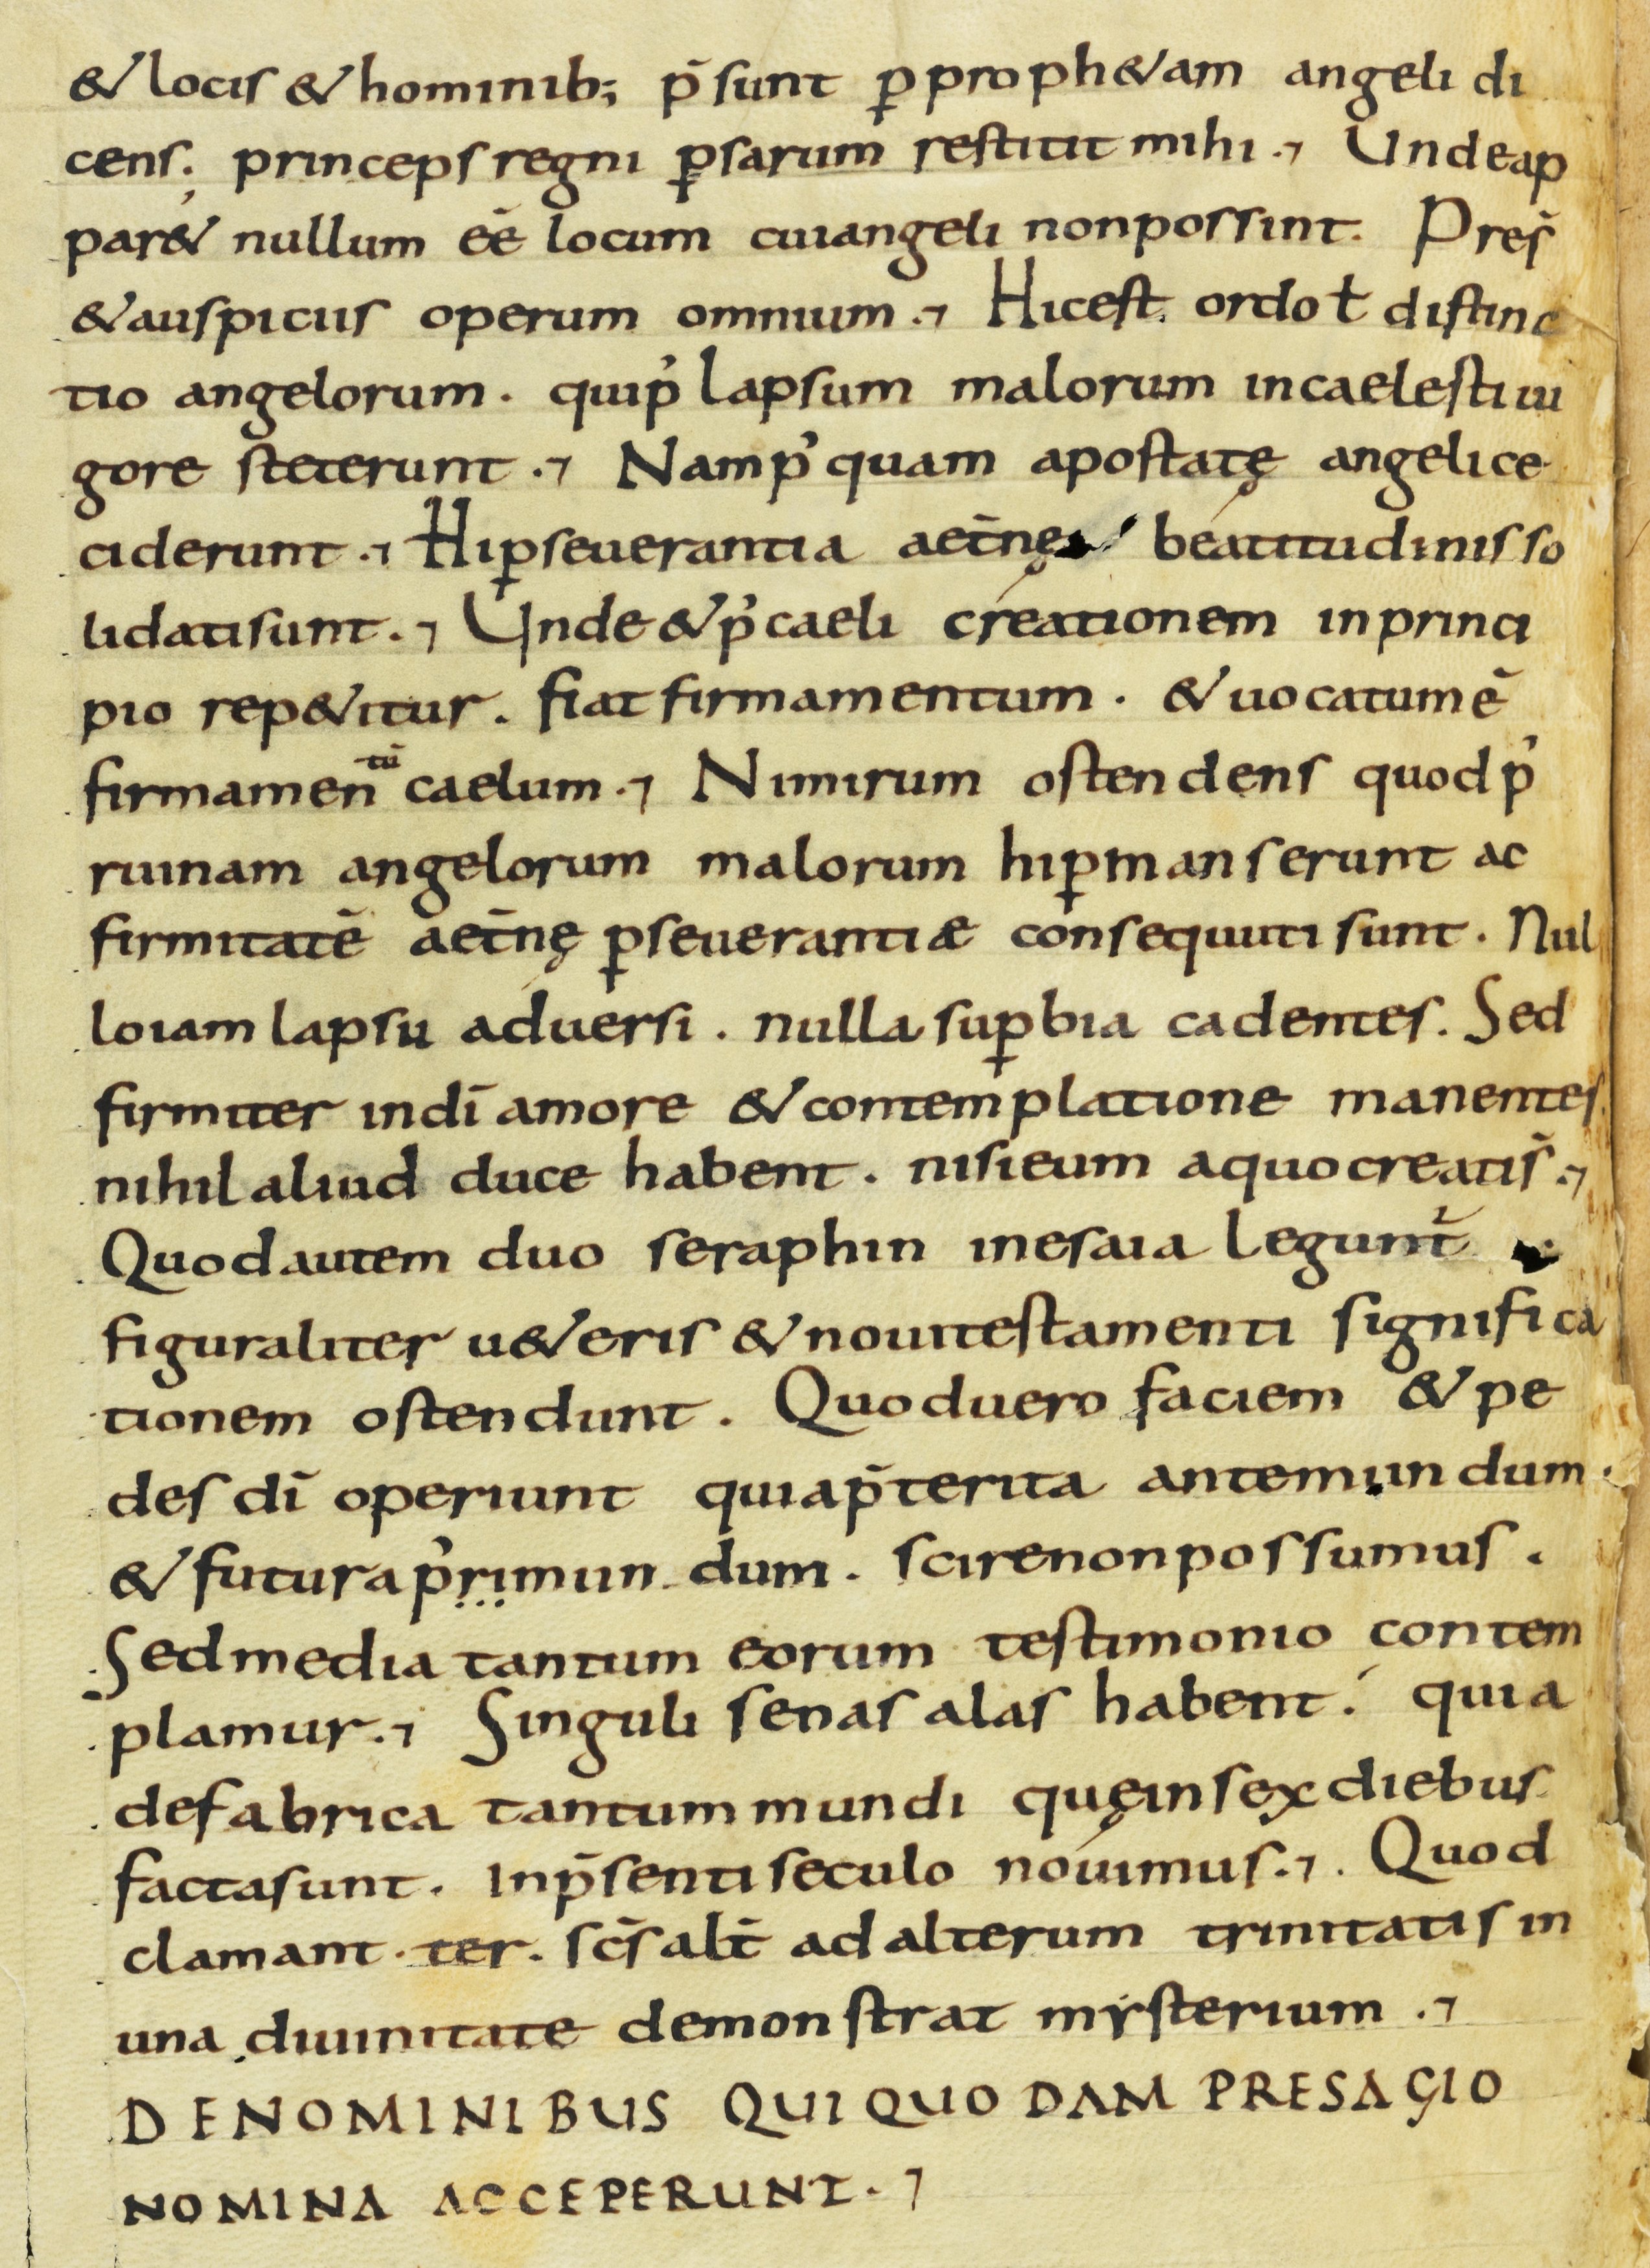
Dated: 800–830